Madras plague regulations in force outside the Presidency town - Volume 5
Disease focus: Plague
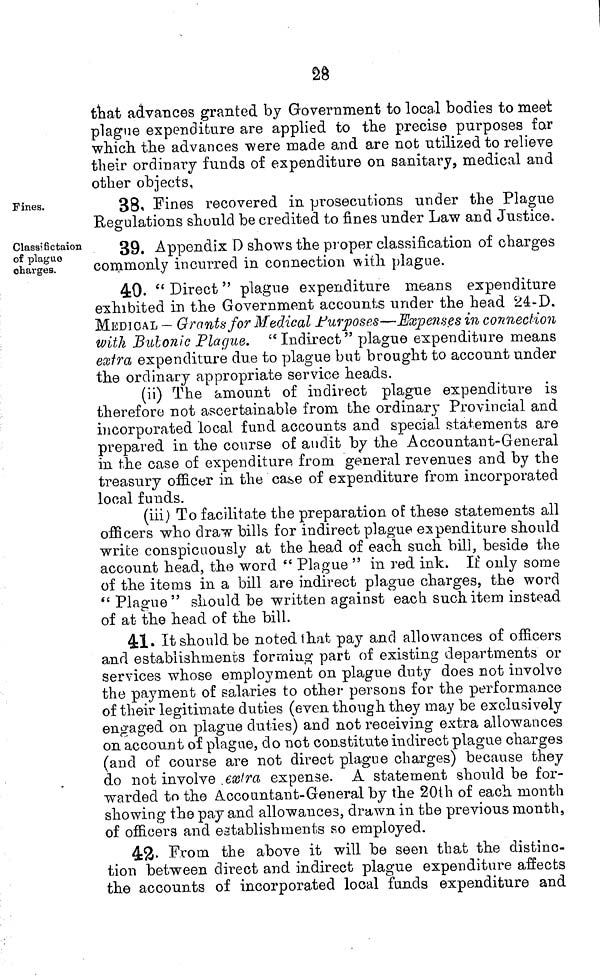
£)Ô
<¿O
that advances granted by Government to local bodies to meet
plague expenditure are applied to the precise purposes far
which the advances were made and are not utilized to relieve
their ordinary funds of expenditure on sanitary, medical and
other obiects,
Fines.
38. Fines recovered in prosecutions under the Plague
Regulations should be credited to fines under Law and Justice.
Class? fictaion
of plague
ohai-ges.
39. Appendix D shows the proper classification of charges
commonly incurred in connection with plague.
40- " Direct " plague expenditure means expenditure
exhibited in the Government accounts under the head 24-D.
MEDICAL — Grants for Medical Purposes—Expenses in connection
with Bulonic Plague. "Indirect" plague expenditure means
extra expenditure due to plague but brought to account under
the ordinary appropriate service heads.
(ii) The amount of indirect plague expenditure is
therefore not ascertainable from the ordinary Provincial and
incorporated local fund accounts and special statements are
prepared in the course of audit by the Accountant-General
in the case of expenditure from general revenues and by the
treasury officer in the case of expenditure from incorporated
local funds.
(iii) To facilitate the preparation of these statements all
officers who draw bills for indirect plague expenditure should
write conspicuously at the head of each such bill, beside the
account head, the word " Plague " in red ink. If only some
of the items in a bill are indirect plague charges, the word
*' Plague" should be written against each such item instead
of at the head of the bill.
41» Itshould.be noted that pay and allowances of officers
and establishments forming part of existing departments or
services whose employment on plague duty does not involve
the payment of salaries to other persons for the performance
of their legitimate duties (even though they may be exclusively
engaged on plague duties) and not receiving extra allowances
on account of plague, do not constitute indirect plague charges
(and of course are not direct plague charges) because they
do not involve .extra expense. A statement should be for-
warded to the Accountant-Gen eral by the 20th of each month
showing tho pay and allowances, drawn in the previous month,
of officers and establishments so employed.
4:&- From the above it will be seen that the distinc-
tion between direct and indirect plague expenditure affects
the accounts of incorporated local funds expenditure and